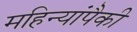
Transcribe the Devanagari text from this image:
महिन्यांपैकी